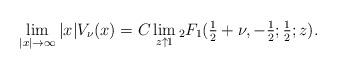
LaTeX: \begin{align*} \lim_{|x|\to\infty}|x|V_\nu(x) = C \lim_{z\uparrow 1} {}_2F_1(\tfrac{1}{2}+\nu,-\tfrac{1}{2};\tfrac{1}{2}; z). \end{align*}